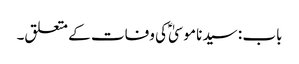
باب : سیدنا موسیٰؑ کی وفات کے متعلق۔